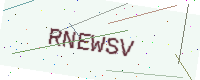
Text: RNEWSV